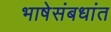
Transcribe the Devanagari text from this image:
भाषेसंबधांत